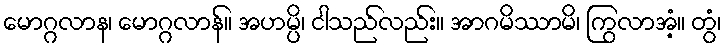
မောဂ္ဂလာန၊ မောဂ္ဂလာန်။ အဟမ္ပိ၊ ငါသည်လည်း။ အာဂမိဿာမိ၊ ကြွလာအံ့။ တွံ၊